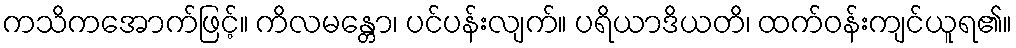
ကသိကအောက်ဖြင့်။ ကိလမန္တော၊ ပင်ပန်းလျက်။ ပရိယာဒိယတိ၊ ထက်ဝန်းကျင်ယူရ၏။